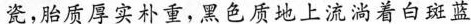
瓷,胎质厚实朴重，黑色质地上流淌着白斑蓝